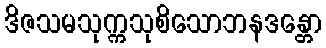
ဒိဇသမသုက္ကသုစိသောဘနဒန္တော